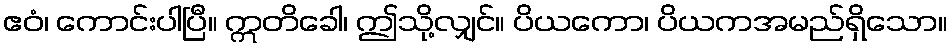
ဧဝံ၊ ကောင်းပါပြီ။ ဣတိခေါ၊ ဤသို့လျှင်။ ပိယကော၊ ပိယကအမည်ရှိသော။